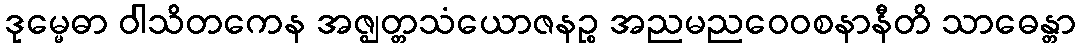
ဒုမ္မေဓာ ဝါသိတကေန အဇ္ဈတ္တသံယောဇနဉ္စ အညမညဝေဝစနာနီတိ သာဓေန္တာ